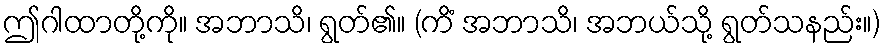
ဤဂါထာတို့ကို။ အဘာသိ၊ ရွတ်၏။ (ကိံ အဘာသိ၊ အဘယ်သို့ ရွတ်သနည်း။)